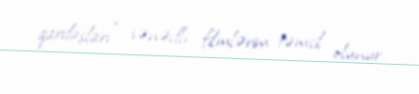
qardaşları” sənədli filmlərim təmsil olunur.